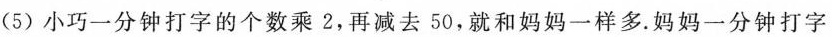
(5)小巧一分钟打字的个数乘2，再减去50，就和妈妈一样多。妈妈一分钟打字